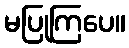
မပြုကြပေ။